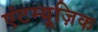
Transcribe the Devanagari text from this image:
एंटम्यूज़िक